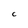
Character: C